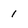
Character: 1